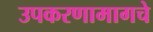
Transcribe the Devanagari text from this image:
उपकरणामागचे